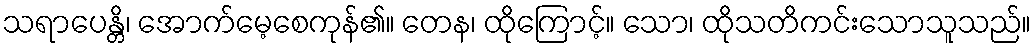
သရာပေန္တိ၊ အောက်မေ့စေကုန်၏။ တေန၊ ထိုကြောင့်။ သော၊ ထိုသတိကင်းသောသူသည်။